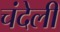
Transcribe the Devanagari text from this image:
चंदेली